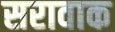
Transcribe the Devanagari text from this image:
सरावाक